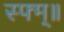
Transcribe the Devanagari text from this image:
स्फ्म्॥